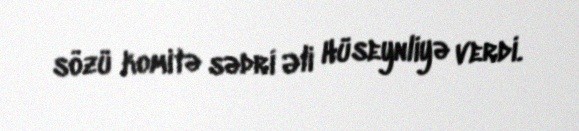
sözü komitə sədri Əli Hüseynliyə verdi.